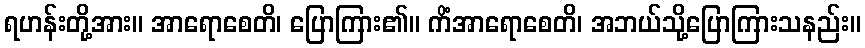
ရဟန်းတို့အား။ အာရောစေတိ၊ ပြောကြား၏။ ကိံအာရောစေတိ၊ အဘယ်သို့ပြောကြားသနည်း။